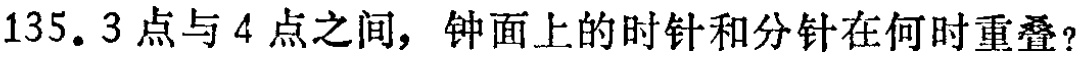
135. 3点与4点之间，钟面上的时针和分针在何时重叠？